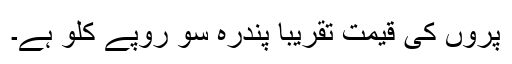
پروں کی قیمت تقریباً پندرہ سو روپے کلو ہے۔